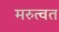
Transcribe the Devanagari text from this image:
मरुत्वत